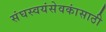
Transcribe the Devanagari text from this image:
संघस्वयंसेवकांसाठी